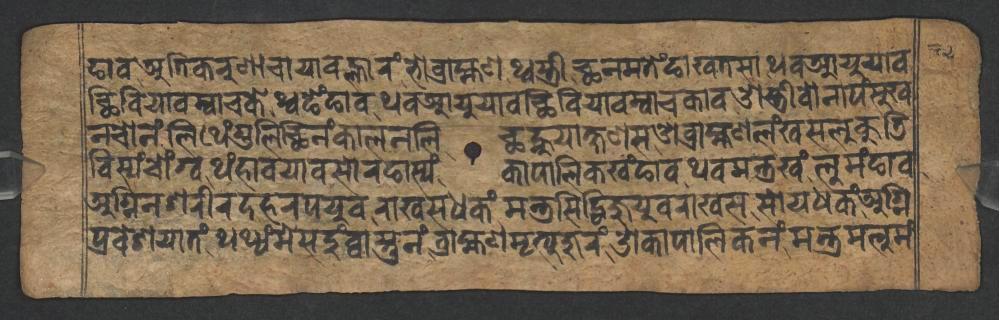
𑐒𑐵𑐰𑐀𑐟𑐶𑐎𑐬𑐸𑐞𑐵𑐔𑐵𑐫𑐵𑐰𑐮𑑂𑐴𑐵𑐬𑑄𑐨𑑀𑐧𑑂𑐬𑐵𑐴𑑂𑐩𑐞𑐠𑑂𑐰𑐳𑑂𑐟𑑂𑐬𑐷𑐕𑐣𑐩𑐟𑐾𑑄𑐒𑐵𑐏𑐟𑐳𑐵𑐠𑐰𑐁𑐫𑐸𑐫𑐵𑐧 𑐕𑐶𑐧𑐶𑐫𑐵𑐰𑐩𑑂𑐰𑐵𑐔𑐎𑐾𑐠𑑂𑐰𑐒𑐾𑑄𑐒𑐵𑐰𑐠𑐰𑐁𑐫𑐸𑐫𑐵𑐧𑐕𑐶𑐧𑐶𑐫𑐵𑐰𑐩𑑂𑐰𑐵𑐔𑐎𑐵𑐰𑐌𑐳𑑂𑐟𑑂𑐬𑐷𑐰𑑀𑐣𑐵𑐥𑑄𑐳𑐸𑐏 𑐣𑐔𑑀𑐣𑑄𑐮𑐶𑐠𑐾𑑄𑐐𑐸𑐮𑐶𑐕𑐶𑐣𑑄𑐎𑐵𑐮𑐣𑐮𑐶𑐕𑐣𑑂𑐴𑐸𑐫𑐵𑐎𑑂𑐲𑐞𑐳𑐌𑐧𑑂𑐬𑐵𑐴𑑂𑐩𑐞𑐮𑑄𑐏𑐳𑐮𑐸𑐎𑐸𑐜𑐶 𑐧𑐶𑐳𑑂𑐫𑑄𑐔𑑀𑑄𑐐𑑂𑐰𑐠𑑄𑐴𑐵𑐰𑐫𑐵𑐰𑐳𑑀𑐬𑐒𑐵𑐳𑑂𑐫𑑄𑐎𑐵𑐥𑐵𑐮𑐶𑐎𑐏𑑄𑐒𑐵𑐰𑐠𑐰𑐩𑐣𑑂𑐟𑑂𑐬𑐏𑑄𑐮𑐸𑐩𑑄𑐒𑐵𑐰 𑐀𑐐𑑂𑐣𑐶𑐣𑐱𑐬𑐷𑐬𑐡𑐴𑐬𑐥𑐫𑐸𑐰𑐬𑐵𑐏𑐳𑐢𑐎𑑄𑐩𑐣𑑂𑐟𑑂𑐬𑐳𑐶𑐡𑑂𑐢𑐶𑐖𑐸𑐫𑐸𑐰𑐬𑐵𑐏𑐳𑐳𑑀𑐫𑐢𑐎𑑄𑐀𑐐𑑂𑐣𑐶 𑐥𑑂𑐬𑐰𑐾𑐱𑐫𑐵𑐟𑑄𑐠𑐠𑑂𑐫𑑄𑐩𑐾𑐳𑐡𑐸𑑄𑐧𑑂𑐰𑐵𑐳𑑂𑐟𑐸𑐣𑑄𑐧𑑂𑐬𑐵𑐴𑑂𑐩𑐞𑐩𑐺𑐟𑑂𑐫𑐸𑐖𑐸𑐬𑑄𑐌𑐎𑐵𑐥𑐵𑐮𑐶𑐎𑐣𑑄𑐩𑐣𑑂𑐟𑑂𑐬𑐩𑐮𑐸𑐩𑑄